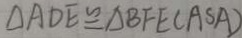
\Delta A D E \cong \Delta B F E ( A S A )